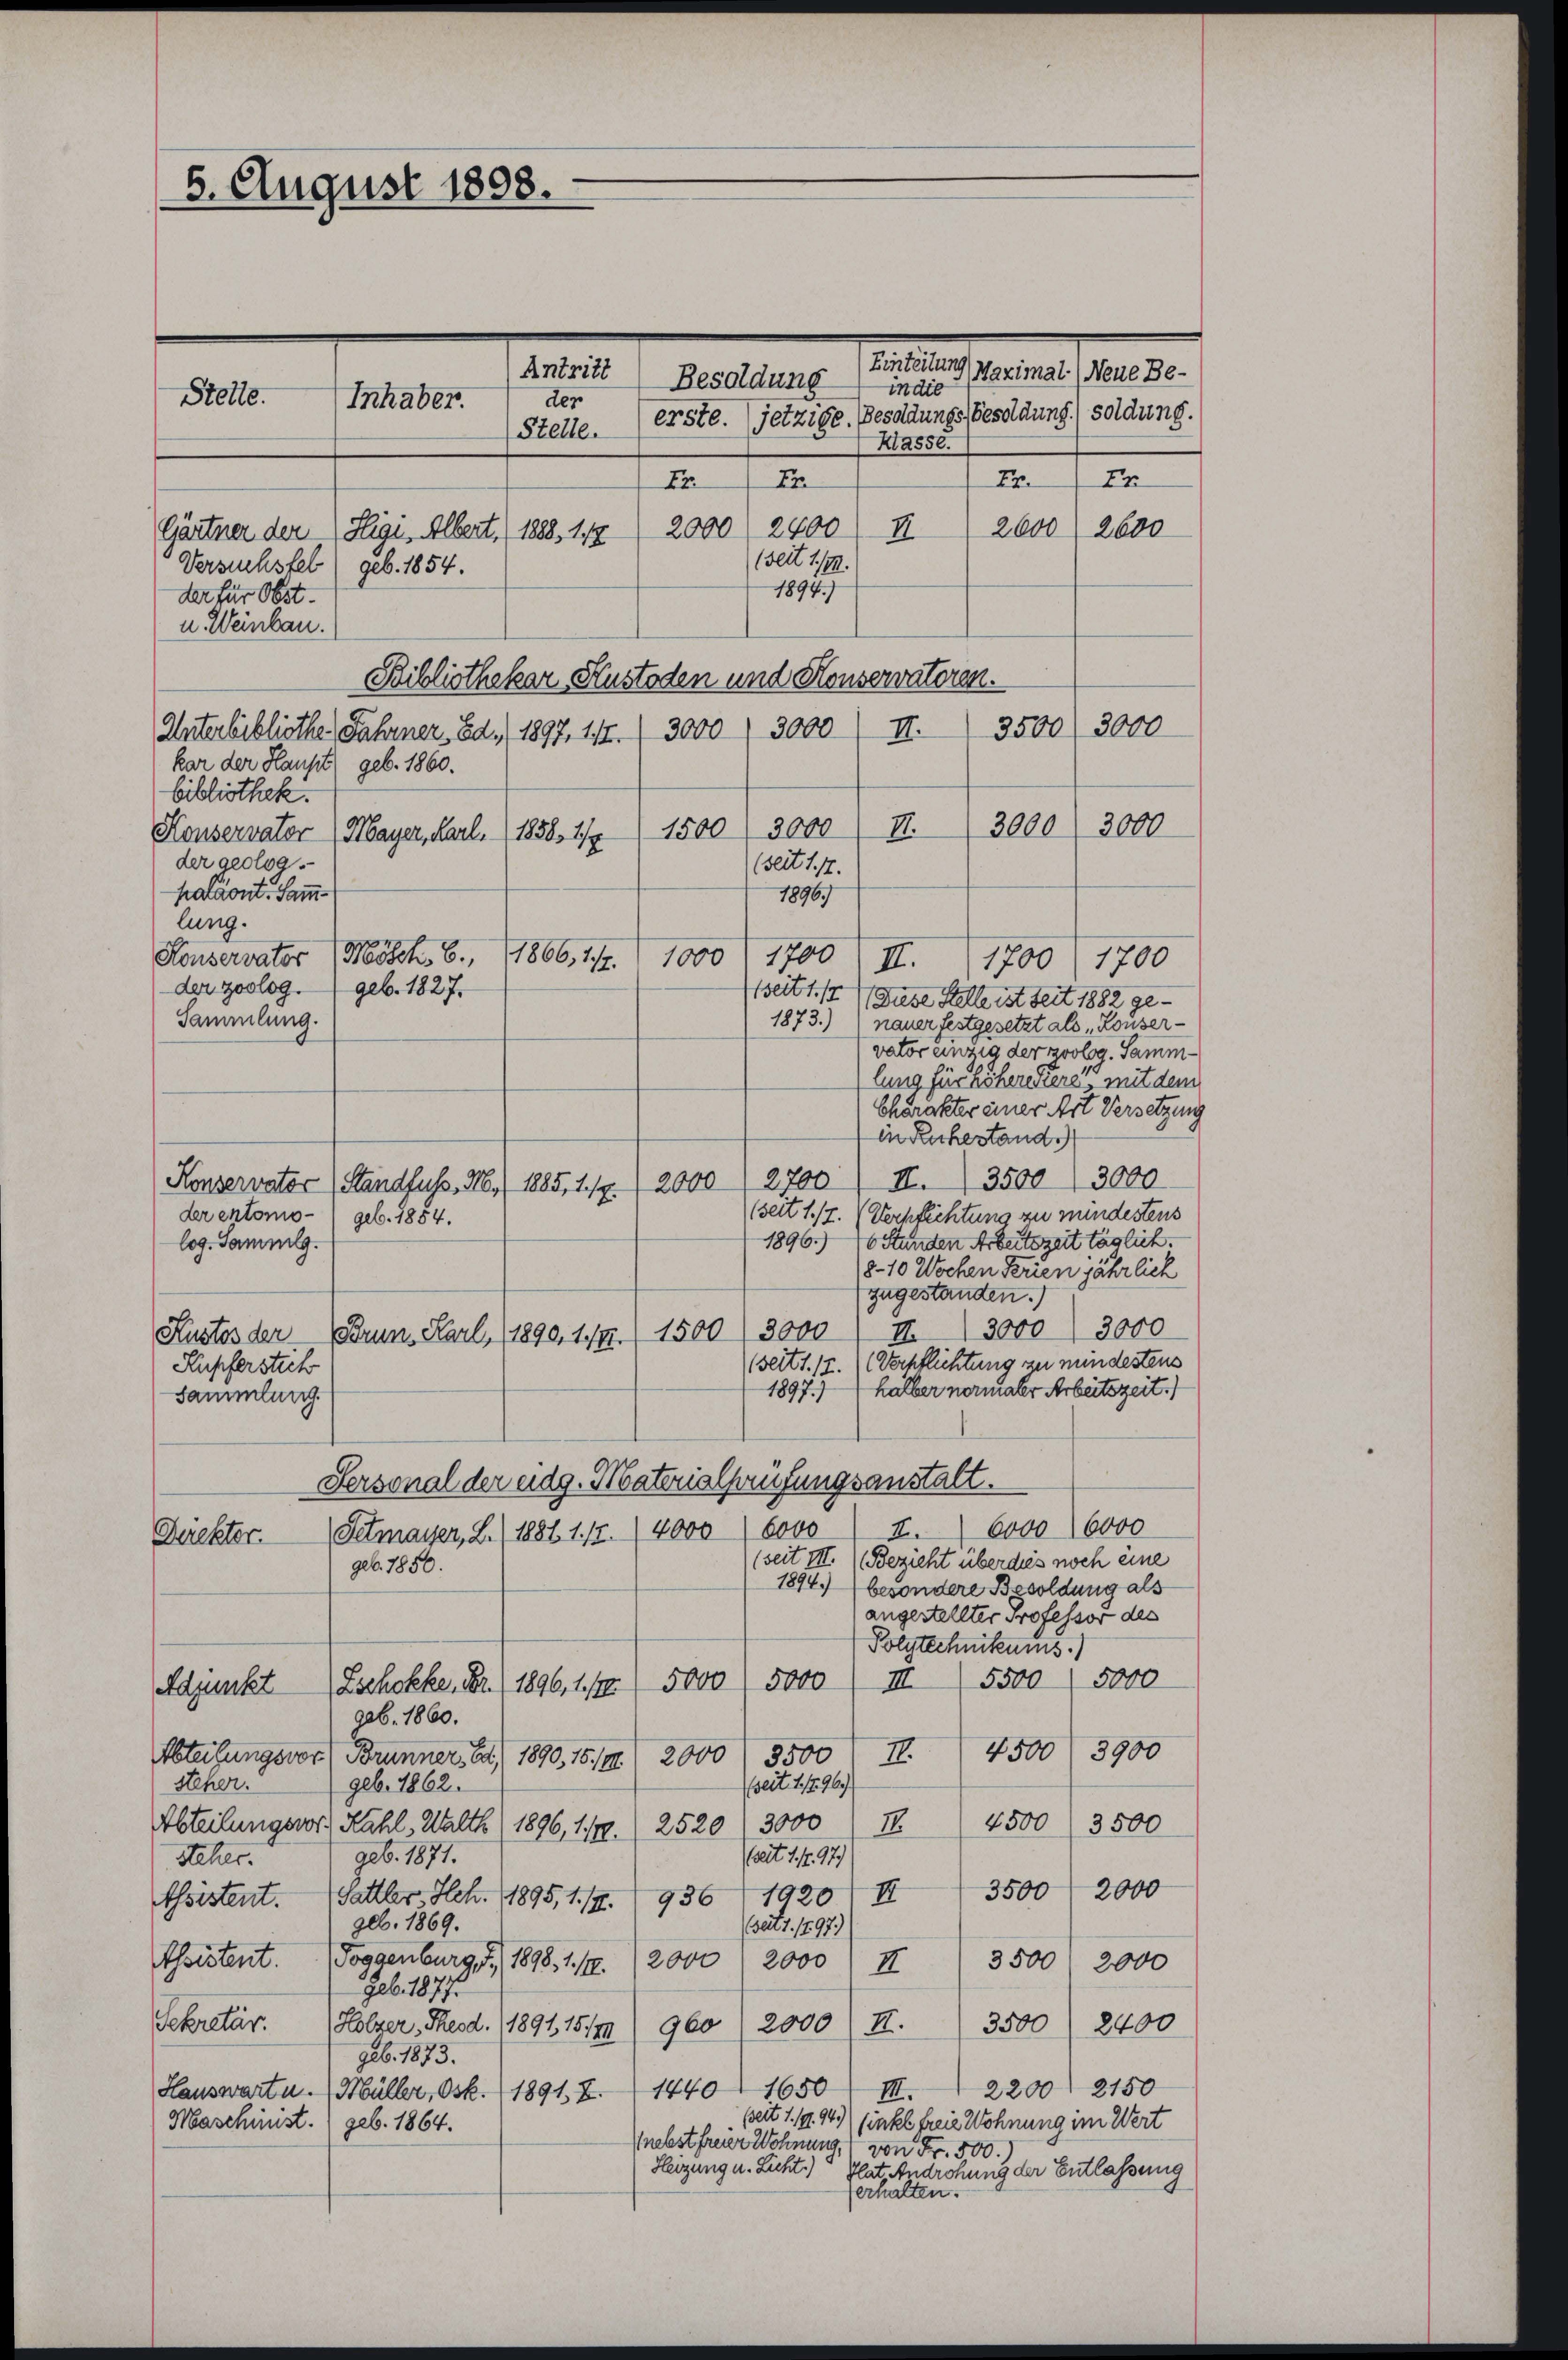
5. August 1808.
Antritt
der
Stelle.
Inhaber.
Stelle.

Resoldung (Einteilung Maximal (Neue Be-
indte
erste. (jetzige. Besoldungsbesoldung (soldung.
Hasse.
77.
Er
72
Er
2400. II 2600 2600
2000
(seit 1/9.
1894.
der für Obst.
u. Weinbau.
Bibliothekar Hustoden und Konservatoren.
II 3500/ 3000
3000 3000
Unterbibliothe Fahrner, Bd. 1897. 117.
kar der Haupt geb. 1860.
bibliothek.
3000 3000
1500/3000 II.
Konservator (Mayer, Karl. 1836, 179
der geolog.
(seit 17.
paläont. Samm¬
1896
lung.
r
Mosch, 6., 1866, 17.
Konservator
1000 f 1700 ff. 1700 1700
der zoolog.
geb. 1827.
seit 1.
(Diese Stelle ist seit 1882 ge-
Sammlung.
1873.) nauer festgesetzt als Konser-
vator einzig der zoolog. Sammlung für höhere Kere, mit dem
Charakter einer Art Versetzung
in Ruhestand.
Konservator (Standfuss. 16. (1885, 1/4. 12000) 2700/ II. 3500 / 3000
(seit 1./7. (Verpflichtung zu mindestens
der entomo- geb. 1854.
1896.) 16 Stunden Arbeitszeit täglich.
log. Sammlg.
8-10 Wochen Ferien jährlich
zugestanden.)
Kustes der (Brunz Karl (1890, 17. 1500/3000) S. 3000) 3000
(seits. (T. (Verpflichtung zu mindestens
Kupferstich
1897.) halber normaler Arbeitszeit.)
Sammlung.
Sersonal der eidg. Materialprüfungsanstalt.
6000 6000
F.
Setmayer, L. (1881 1./2. (4000 (6000
Direktor.
(seit III. (Bezieht überdies noch eine
geb. 1850.
1894. besondere Besoldung als
angestellter Professor des
Polytechnittums.)
5,000 (III 5500 (5000
Adjunkt Eschokke, Fr. 1896, 1. 19. 5000
geb. 1860.
4500 f 3900
Abteilungsvor) Brunner, Bd. 1890, 159. 2000) 3500 II.
steher.
(seit 1796)
geb. 1862.
4500
3500
Abteilungsvor: Kahl, Walth 1896, 1110. (2520 (13000 II.
geb. 1871.
(seit 1. 1. 97)
Scher.
2000
3500
I
1920
Sattler, Hch. 1895, 1. 17.
936
thsistent.
geb. 1869.
(seit 1. 1497.
thoistent. (Toggenburg I, 1898. 112. 12000 (2000) II
3500 f 2000
Seb. 1877.
Sekretär.
3500 f 2400
2000 II.
Holzer, Theod. 1891, 15179) 960
geb. 1873.
14401650
III. 2200 2150
Hauswartu. (Hüller, Osk. 1 1891 Z.
bseit 1. 191. 94.)
sinke freie Wohnung im Wert
Maschinst. (geb. 1864.
Pnebst freier Wohnung, von Fr. 500.
Heizung u. Licht.)
Tat, Androhung der Entlassung
erhalten.

Gärtner der Hegi, Albert. (1888, 117
Versuchstel (geb. 1854.